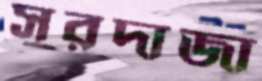
সুরদাজা